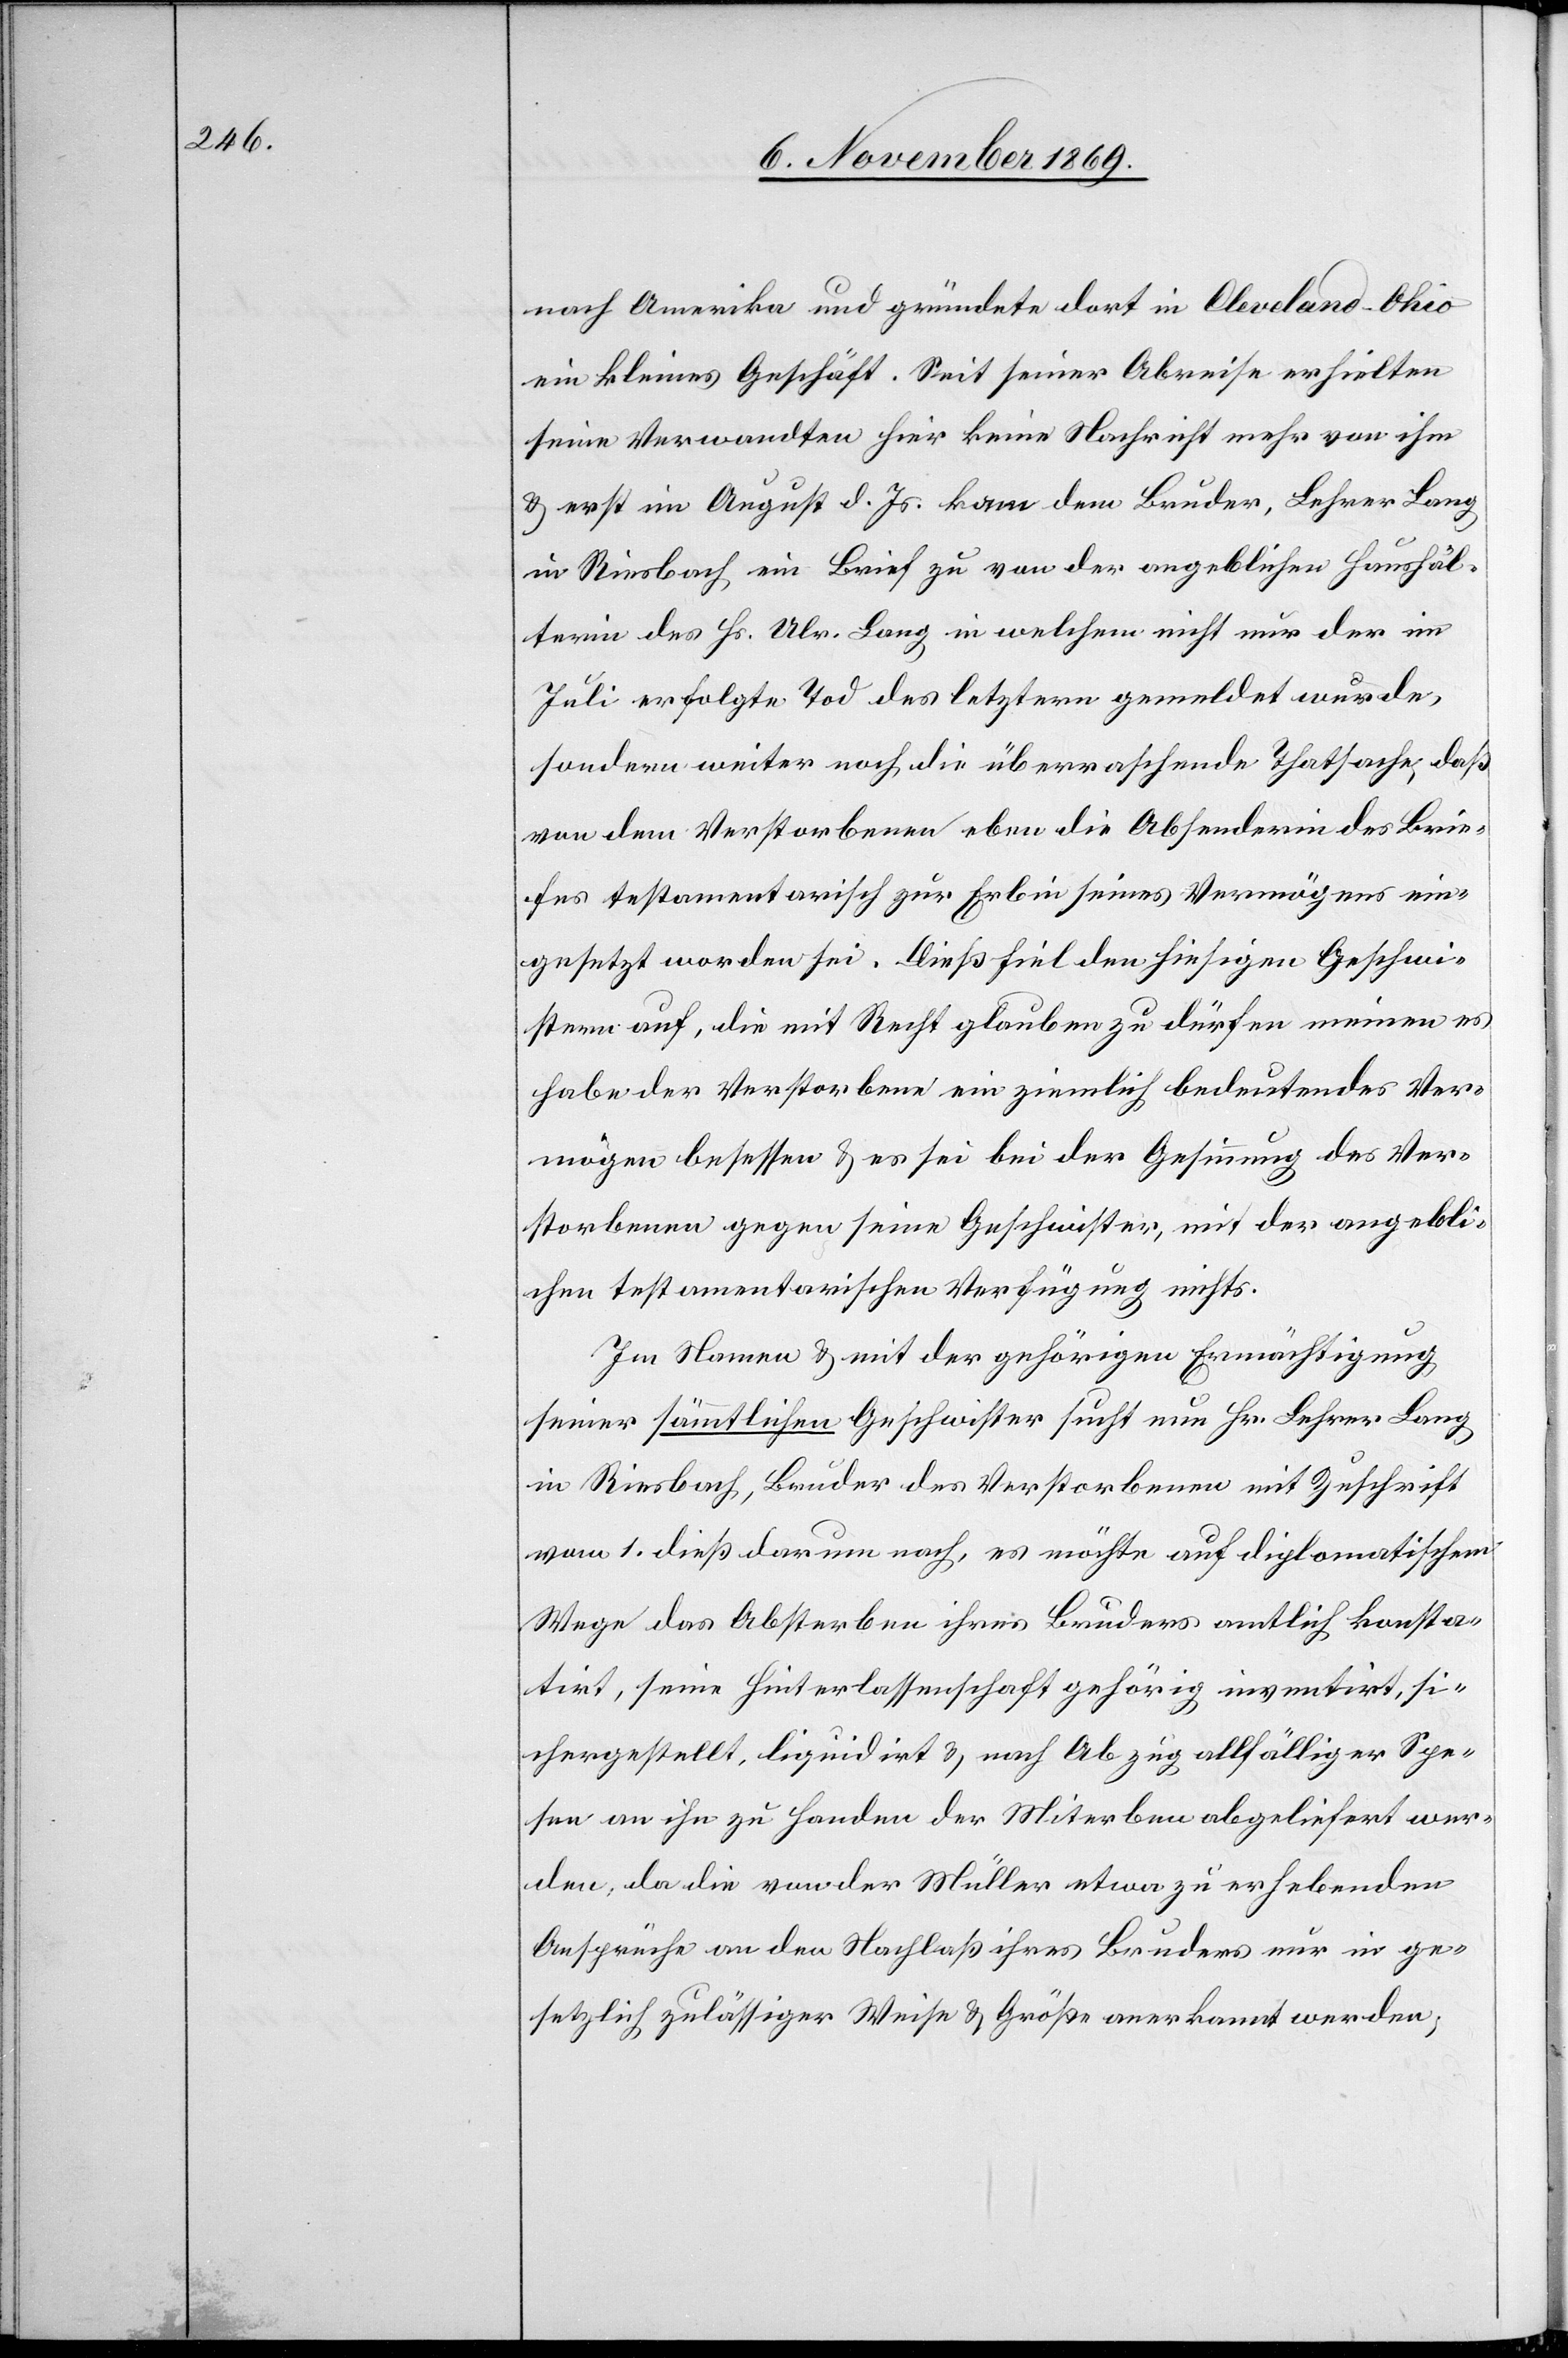
nach Amerika und gründete dort in Cleveland - Ohio
ein kleines Geschäft. Seit seiner Abreise erhielten
seine Verwandten hier keine Nachricht mehr von ihm
& erst im August d. Js. kam dem Bruder, Lehrer Lang
in Riesbach ein Brief zu von der angeblichen Haushäl¬
terin des Hs. Ulr. Lang in welchem nicht nur der im
Juli erfolgte Tod des letztern gemeldet wurde,
sondern weiter noch die überraschende Thatsache, daß
von dem Verstorbenen eben die Absenderin des Brie¬
fes testamentarisch zur Erbin seines Vermögens ein¬
gesetzt worden sei. Dieß fiel den hiesigen Geschwi¬
stern auf, die mit Recht glauben zu dürfen meinen es
habe der Verstorbene ein ziemlich bedeutendes Ver¬
mögen besessen & es sei bei der Gesinnung des Ver¬
storbenen gegen seine Geschwister, mit der angebli¬
chen testamentarischen Verfügung nichts.
Im Namen & mit der gehörigen Ermächtigung
seiner sämmtlichen Geschwister sucht nun Hr. Lehrer Lang
in Riesbach, Bruder des Verstorbenen mit Zuschrift
vom 1. dieß darum nach, es möchte auf diplomatischem
Wege das Absterben ihres Bruders amtlich konsta¬
tirt, seine Hinterlassenschaft gehörig inventirt, si¬
chergestellt, liquidirt & nach Abzug allfälliger Spe¬
sen an ihn zu Handen der Miterben abgeliefert wer¬
den, da die von der Müller etwa zu erhebenden
Ansprüche an den Nachlaß ihres Bruders nur in ge¬
setzlich zulässiger Weise & Größe anerkannt werden;